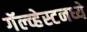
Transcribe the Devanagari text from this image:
गॅल्व्हेस्टनध्ये